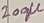
Text: 200µ